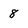
Character: 8